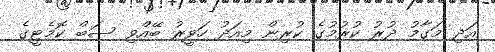
އަދި މަގާމު ދުރު ކުރުމުގެ ކުރިން މިއަދު ހަވީރު ބޭއްވި ސަބް ކޮމެޓީގެ